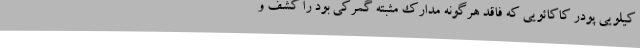
کیلویی پودر کاکائویی که فاقد هرگونه مدارک مثبته گمرکی بود را کشف و